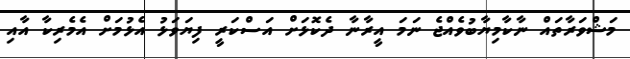
މަޝްވަރާތައް ނާކާމިޔާބުވެއްޖެ ނަމަ އީރާނާ ދެކޮޅަށް އަސްކަރީ ފިޔަވަޅު އެޅުމަށް އެމެރިކާ އާއި